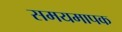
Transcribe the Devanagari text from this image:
समयमापक